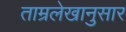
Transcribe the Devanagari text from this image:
ताम्रलेखानुसार